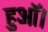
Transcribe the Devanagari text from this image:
हुऑ।